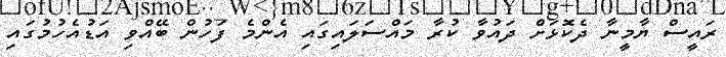
ރައީސް ޔާމީނާ ދެކޮޅަށް ދައުވާ ކުރާ މައްސަލައިގައި އެންމެ ފަހުން ބޭއްވި އަޑުއެހުމުގައި